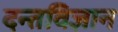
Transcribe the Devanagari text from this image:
दन्तविज्ञान